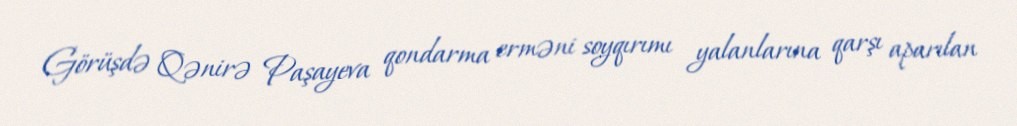
Görüşdə Qənirə Paşayeva qondarma erməni soyqırımı yalanlarına qarşı aparılan